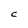
Character: C